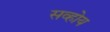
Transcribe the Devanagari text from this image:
सव्होय